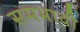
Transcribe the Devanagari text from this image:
समभावी